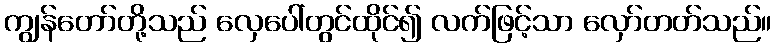
ကျွန်တော်တို့သည် လှေပေါ်တွင်ထိုင်၍ လက်ဖြင့်သာ လှော်တတ်သည်။